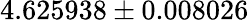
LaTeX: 4.625938\pm 0.008026